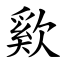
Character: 㰿